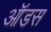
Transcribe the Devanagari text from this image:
ऑडस